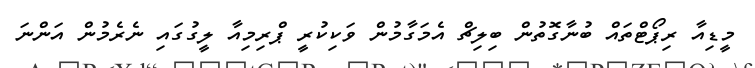
މީޑިއާ ރިޕޯޓްތައް ބުނާގޮތުން ބިލިޗް އެމަގާމުން ވަކިކުރީ ޕްރިމިއާ ލީގުގައި ނެރެމުން އަންނަ